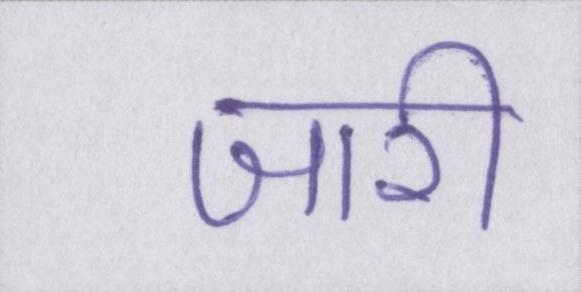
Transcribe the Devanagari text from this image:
जारी